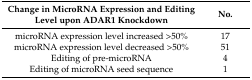
<table><thead><tr><td><b>Change in MicroRNA Expression and Editing Level upon ADAR1 Knockdown</b></td><td><b>No.</b></td></tr></thead><tbody><tr><td>microRNA expression level increased &gt;50%</td><td>17</td></tr><tr><td>microRNA expression level decreased &gt;50%</td><td>51</td></tr><tr><td>Editing of pre-microRNA</td><td>4</td></tr><tr><td>Editing of microRNA seed sequence</td><td>1</td></tr></tbody></table>